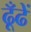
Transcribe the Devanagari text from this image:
ढूँढें